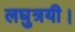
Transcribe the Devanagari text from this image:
लघुत्रयी।